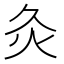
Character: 灸